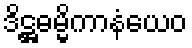
ဒိဋ္ဌဓမ္မိကာနံယေဝ